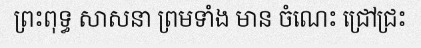
ព្រះពុទ្ធ សាសនា ព្រមទាំង មាន ចំណេះ ជ្រៅជ្រះ